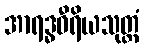
အာရဒ္ဓဝီရိယသုတ္တံ